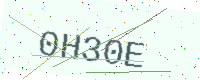
Text: 0H30E